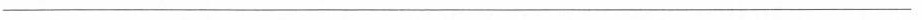
___